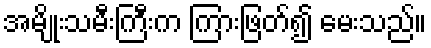
အမျိုးသမီးကြီးက ကြားဖြတ်၍ မေးသည်။